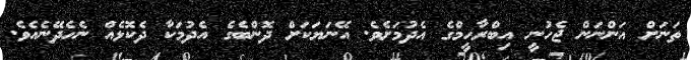
ތަނަށް އަންނަން ޖެހުނީ އިބްރާހީމްގެ އެދުމަށެވެ. އޭނަޔަކަށް ދޮންބެގެ އެދުމަކާ ދެކޮޅެއް ނެހެދޭނެއެވެ.